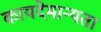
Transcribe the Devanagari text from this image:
कायदेमान्यता